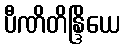
ပီဏိတိန္ဒြိယေ